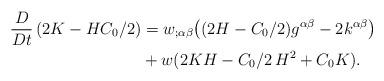
LaTeX: \begin{align*}\begin{aligned}\frac{D}{Dt}\,(2K-HC_0/2)&=w_{;\alpha\beta}\big((2H-C_0/2)g^{\alpha\beta}-2k^{\alpha\beta}\big)\\&+ w(2KH-C_0/2\,H^2+C_0K).\end{aligned}\end{align*}